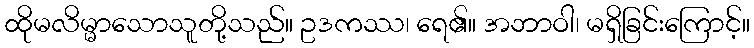
ထိုမလိမ္မာသောသူတို့သည်။ ဥဒကဿ၊ ရေ၏။ အဘာဝါ၊ မရှိခြင်းကြောင့်။